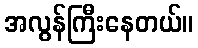
အလွန်ကြီးနေတယ်။